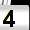
Digit: 4